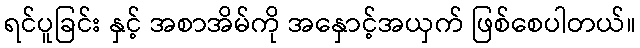
ရင်ပူခြင်း နှင့် အစာအိမ်ကို အနှောင့်အယှက် ဖြစ်စေပါတယ်။